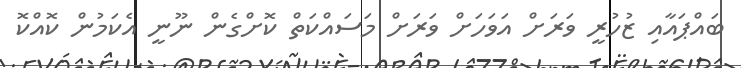
ބައްޕައާއި ޒުހުރީ ވަރަށް އަވަހަށް ވަރަށް މަސައްކަތް ކޮށްގެން ނޫނީ އެކަމުން ކޮއްކޮ